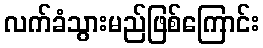
လက်ခံသွားမည်ဖြစ်ကြောင်း